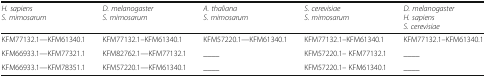
<table><thead><tr><td><b><i>H. sapiens</i><i>S. mimosarum</i></b></td><td><b><i>D. melanogaster</i><i>S. mimosarum</i></b></td><td><b><i>A. thaliana</i><i>S. mimosarum</i></b></td><td><b><i>S. cerevisiae</i><i>S. mimosarum</i></b></td><td><b><i>D. melanogaster</i><i>H. sapiens</i><i>S. cerevisiae</i></b></td></tr></thead><tbody><tr><td>KFM77132.1—KFM61340.1</td><td>KFM77132.1--KFM61340.1</td><td>KFM57220.1—KFM61340.1</td><td>KFM77132.1--KFM61340.1</td><td>KFM77132.1--KFM61340.1</td></tr><tr><td>KFM66933.1—KFM77321.1</td><td>KFM82762.1—KFM77132.1</td><td>____</td><td>KFM57220.1-- KFM77132.1</td><td>____</td></tr><tr><td>KFM66933.1—KFM78351.1</td><td>KFM57220.1—KFM61340.1</td><td>____</td><td>KFM57220.1-- KFM61340.1</td><td>____</td></tr></tbody></table>